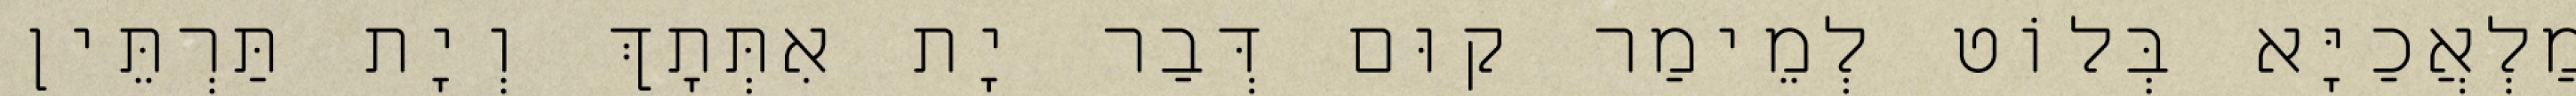
מַלְאֲכַיָּא בְּלוֹט לְמֵימַר קוּם דְּבַר יָת אִתְּתָךְ וְיָת תַּרְתֵּין